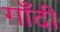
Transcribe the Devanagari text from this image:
गाँदी